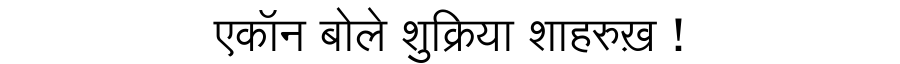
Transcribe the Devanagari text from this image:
एकॉन बोले शुक्रिया शाहरुख़ !